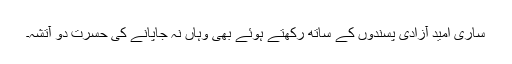
ساری امید آزادی پسندوں کے ساتھ رکھتے ہوئے بھی وہاں نہ جاپانے کی حسرت دو آتشہ۔